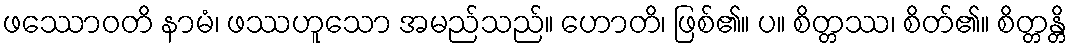
ဖဿောဝတိ နာမံ၊ ဖဿဟူသော အမည်သည်။ ဟောတိ၊ ဖြစ်၏။ ပ။ စိတ္တဿ၊ စိတ်၏။ စိတ္တန္တိ